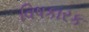
વિષકારક